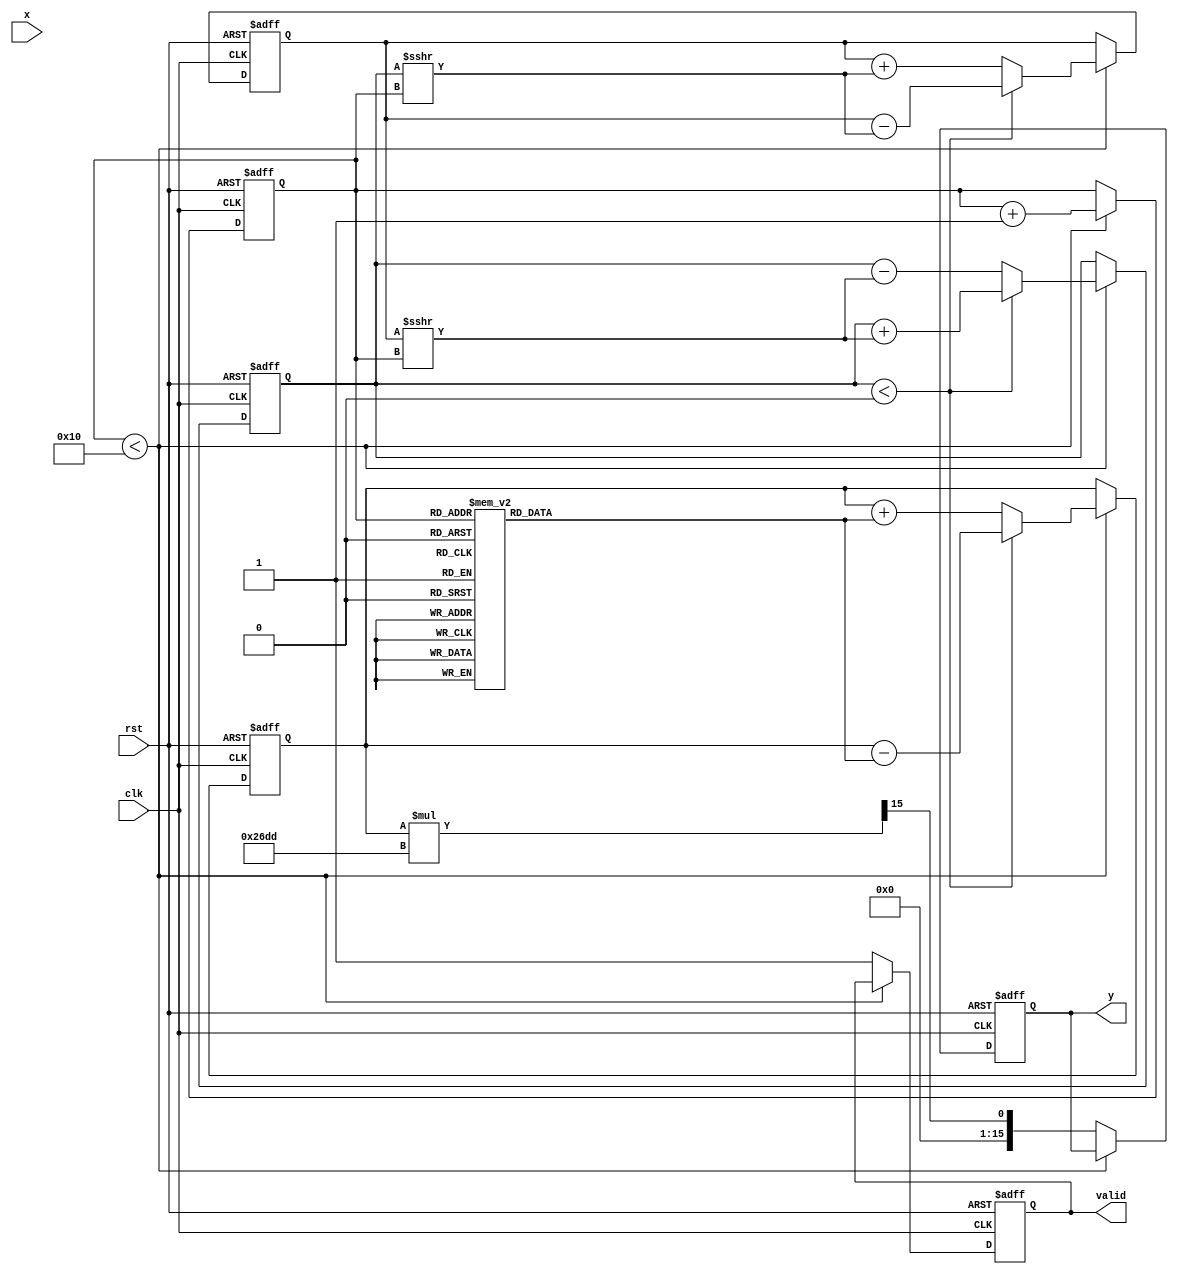
module atan_block #(
    parameter N = 16, // Input width
    parameter M = 16   // Output width
)(
    input wire clk,
    input wire rst,
    input wire [N-1:0] x, // Input value (fixed-point)
    output reg [M-1:0] y,  // Output value (arctangent in radians)
    output reg valid        // Output valid signal
);

    // CORDIC parameters
    localparam NUM_ITERATIONS = 16; // Number of iterations for CORDIC
    reg [N-1:0] x_curr;
    reg [N-1:0] y_curr;
    reg [N-1:0] z_curr;
    reg [3:0] iteration;

    // CORDIC gain
    localparam K = 16'h26DD; // Approximation of K = 0.6072529350088812561694 (fixed-point)

    // Lookup table for arctangent values
    reg [N-1:0] atan_table [0:NUM_ITERATIONS-1];

    initial begin
        // Initialize arctangent lookup table (fixed-point representation)
        atan_table[0] = 16'h2000; // atan(2^-0) = /4
        atan_table[1] = 16'h1333; // atan(2^-1) = /8
        atan_table[2] = 16'h0A3D; // atan(2^-2) = /16
        atan_table[3] = 16'h0524; // atan(2^-3) = /32
        atan_table[4] = 16'h028D; // atan(2^-4) = /64
        atan_table[5] = 16'h0143; // atan(2^-5) = /128
        atan_table[6] = 16'h00A2; // atan(2^-6) = /256
        atan_table[7] = 16'h0051; // atan(2^-7) = /512
        atan_table[8] = 16'h0028; // atan(2^-8) = /1024
        atan_table[9] = 16'h0014; // atan(2^-9) = /2048
        atan_table[10] = 16'h000A; // atan(2^-10) = /4096
        atan_table[11] = 16'h0005; // atan(2^-11) = /8192
        atan_table[12] = 16'h0002; // atan(2^-12) = /16384
        atan_table[13] = 16'h0001; // atan(2^-13) = /32768
        atan_table[14] = 16'h0001; // atan(2^-14) = /65536
        atan_table[15] = 16'h0000; // atan(2^-15) = 0
    end

    always @(posedge clk or posedge rst) begin
        if (rst) begin
            x_curr <= 0;
            y_curr <= 0;
            z_curr <= 0;
            iteration <= 0;
            valid <= 0;
            y <= 0;
        end else begin
            if (iteration < NUM_ITERATIONS) begin
                // CORDIC rotation
                if (x_curr < 0) begin
                    x_curr <= x_curr + (y_curr >>> iteration);
                    y_curr <= y_curr - (x_curr >>> iteration);
                    z_curr <= z_curr - atan_table[iteration];
                end else begin
                    x_curr <= x_curr - (y_curr >>> iteration);
                    y_curr <= y_curr + (x_curr >>> iteration);
                    z_curr <= z_curr + atan_table[iteration];
                end
                iteration <= iteration + 1;
            end else begin
                // Finished computation
                y <= z_curr * K >>> (N-1); // Scale output
                valid <= 1;
            end
        end
    end

endmodule